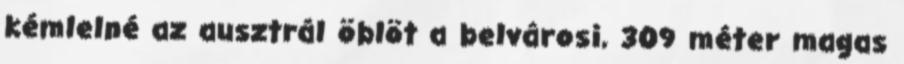
kémlelné az ausztrál öblöt a belvárosi, 309 méter magas